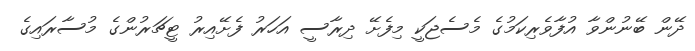
ދޭން ބޭނުންވާ އުފާވެރިކަމުގެ މެސެޖަކީ މިފެށޭ ދިރާސީ އަހަރު ފެށޭއިރު ޓީޗަރުންގެ މުސާރައިގެ